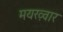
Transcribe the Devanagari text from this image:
मयख़्वार